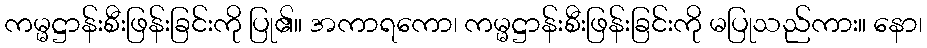
ကမ္မဋ္ဌာန်းစီးဖြန်းခြင်းကို ပြု၏။ အကာရကော၊ ကမ္မဋ္ဌာန်းစီးဖြန်းခြင်းကို မပြုသည်ကား။ နော၊